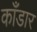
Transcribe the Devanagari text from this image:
काँडार